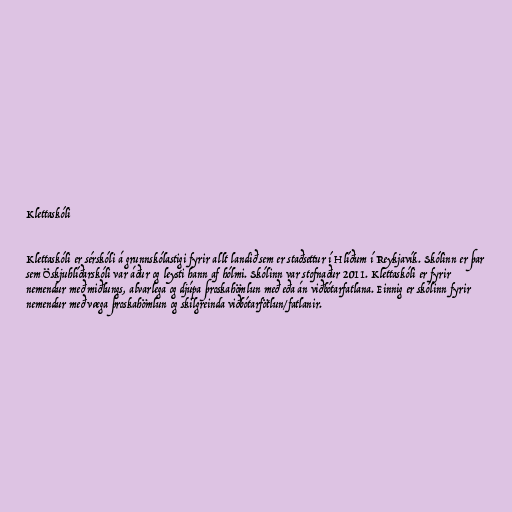
Klettaskóli

Klettaskóli er sérskóli á grunnskólastigi fyrir allt landið sem er staðsettur í Hlíðum í Reykjavík. Skólinn er þar
sem Öskjuhlíðarskóli var áður og leysti hann af hólmi. Skólinn var stofnaður 2011. Klettaskóli er fyrir
nemendur með miðlungs, alvarlega og djúpa þroskahömlun með eða án viðbótarfatlana. Einnig er skólinn fyrir
nemendur með væga þroskahömlun og skilgreinda viðbótarfötlun/fatlanir.